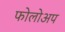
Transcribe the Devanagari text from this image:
फोलोअप